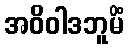
အဝိဝါဒဘူမိံ